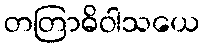
တတြာဓိဝါသယေ